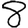
Digit: 8